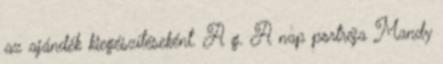
az ajándék kiegészítéseként. A g. A nap portréja Mandy